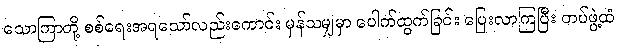
သောကြာတို့ စစ်ရေးအရသော်လည်းကောင်း မှန်သမျှမှာ ပေါက်ထွက်ခြင်း ပြေးလာကြပြီး တပ်ဖွဲ့ထံ